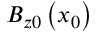
B _ { z 0 } \left( x _ { 0 } \right)